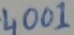
Text: 4001